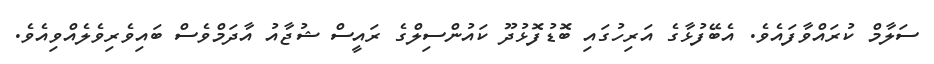
ސަލާމް ކުރައްވާފައެވެ. އެބޭފުޅާގެ އަރިހުގައި ބޮޑުފޮޅުދޫ ކައުންސިލްގެ ރައީސް ޝުޖާއު އާދަމްވެސް ބައިވެރިވެލެއްވިއެވެ.